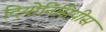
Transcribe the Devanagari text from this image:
दियोनिसियीस